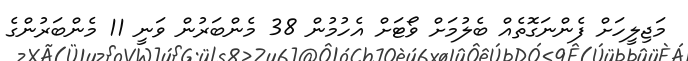
މަޖިލީހަށް ފެންނަގޮތެއް ބެލުމަށް ވޯޓަށް އެހުމުން 38 މެންބަރުން ވަނީ 11 މެންބަރުންގެ